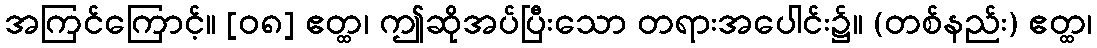
အကြင်ကြောင့်။ [၀၈] ဧတ္ထ၊ ဤဆိုအပ်ပြီးသော တရားအပေါင်း၌။ (တစ်နည်း) ဧတ္ထ၊